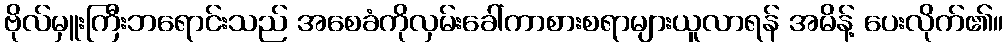
ဗိုလ်မှူးကြီးဘရောင်းသည် အစေခံကိုလှမ်းခေါ်ကာစားစရာများယူလာရန် အမိန့် ပေးလိုက်၏။